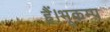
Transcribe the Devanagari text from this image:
हैं।भूकम्प